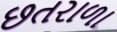
છતરાળા